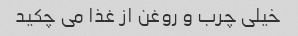
خیلی چرب و روغن از غذا می چکید